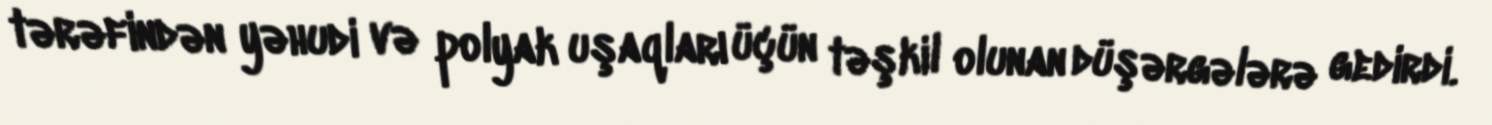
tərəfindən yəhudi və polyak uşaqları üçün təşkil olunan düşərgələrə gedirdi.